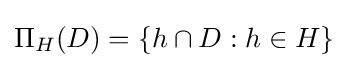
\Pi _{H}(D)=\{h\cap D:h\in H\}